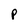
Character: P